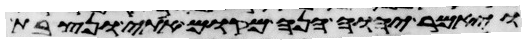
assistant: ויאמר יהוה הנה מקום אתי ונצבת